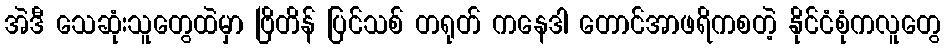
အဲဒီ သေဆုံးသူတွေထဲမှာ ဗြိတိန် ပြင်သစ် တရုတ် ကနေဒါ တောင်အာဖရိကစတဲ့ နိုင်ငံစုံကလူတွေ